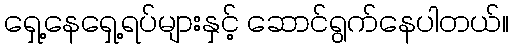
ရှေ့နေရှေ့ရပ်များနှင့် ဆောင်ရွက်နေပါတယ်။